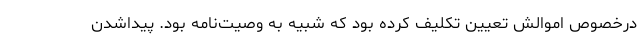
درخصوص اموالش تعیین تکلیف کرده بود که شبیه به وصیت‌نامه بود. پیداشدن